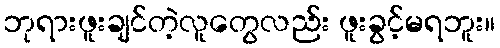
ဘုရားဖူးချင်တဲ့လူတွေလည်း ဖူးခွင့်မရဘူး။